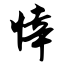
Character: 悻